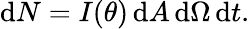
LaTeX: \mathrm{d}N=I(\theta)\, \mathrm{d}A\, \mathrm{d}\Omega\, \mathrm{d}t.